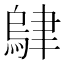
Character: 𬚭